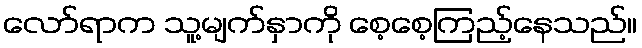
လော်ရာက သူ့မျက်နှာကို စေ့စေ့ကြည့်နေသည်။